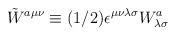
\begin{align*}\tilde W^{a\mu\nu} \equiv (1/2)\epsilon^{\mu\nu\lambda\sigma} W^a_{\lambda\sigma}\end{align*}